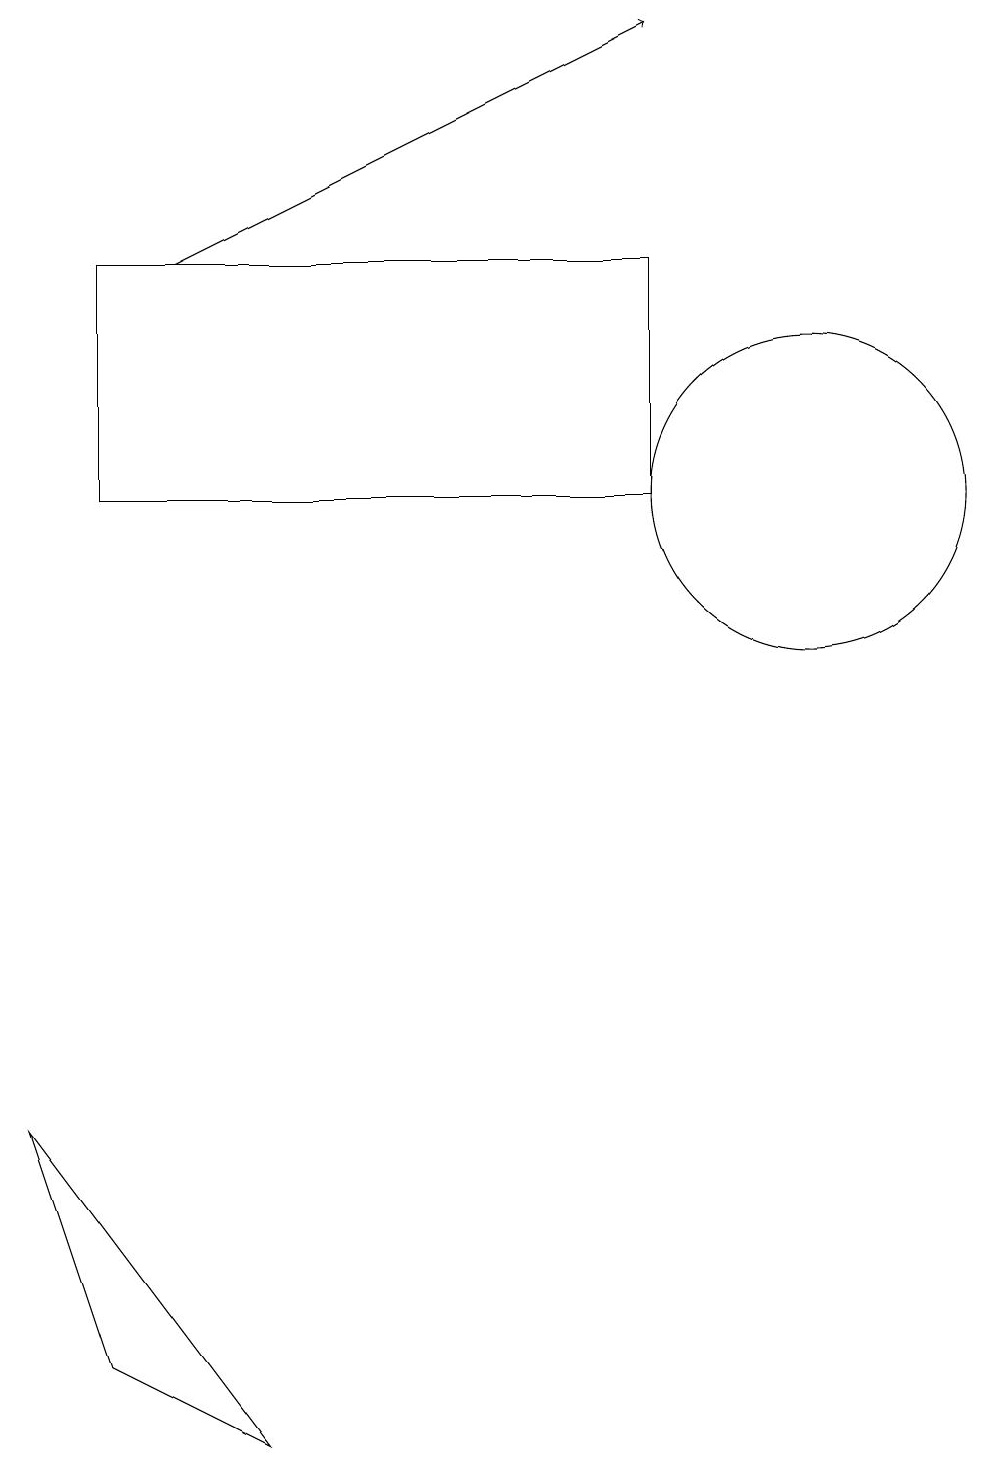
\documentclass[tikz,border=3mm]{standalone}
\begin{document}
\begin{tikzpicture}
\draw (10,12) circle (2);
\draw (1,12) rectangle (8,15);
\draw[->] (2,15) -- (8,18);
\draw (0,4) -- (1,1) -- (3,0) -- cycle;
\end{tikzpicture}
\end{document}